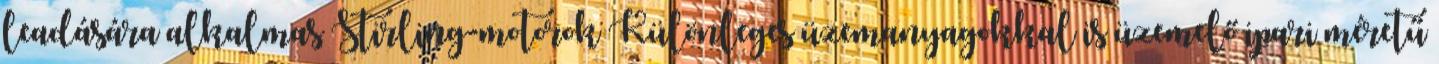
leadására alkalmas Stirling-motorok Különleges üzemanyagokkal is üzemelő ipari méretű